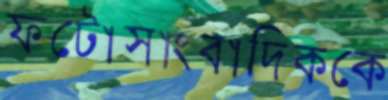
ফটোসাংবাদিককে